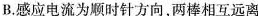
B.感应电流为顺时针方向，两棒相互远离